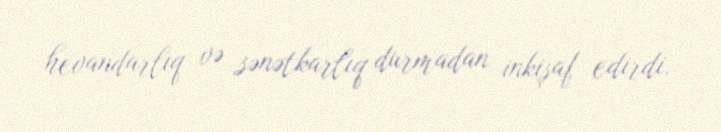
hevandarlıq və sənətkarlıq durmadan inkişaf edirdi.